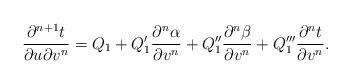
LaTeX: \begin{align*} \frac{\partial^{n+1}t}{\partial u\partial v^n}=Q_1+Q_1'\frac{\partial^n\alpha}{\partial v^n}+Q_1''\frac{\partial^n\beta}{\partial v^n}+Q_1'''\frac{\partial^n t}{\partial v^n}.\end{align*}